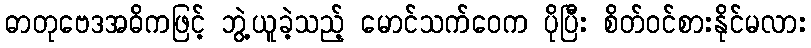
ဓာတုဗေဒအဓိကဖြင့် ဘွဲ့ယူခဲ့သည့် မောင်သက်ဝေက ပိုပြီး စိတ်ဝင်စားနိုင်မလား